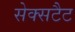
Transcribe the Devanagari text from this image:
सेक्सटैट